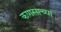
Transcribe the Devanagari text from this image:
कणसाच्या